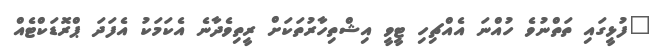
"ފުޅީގައި ތަތްނުވެ ހުއްނަ އެއްޗިހި ޓީވީ އިޝްތިހާރުތަކަށް ރީތިވެދާނެ އެކަމަކު އެފަދަ ޕްރޮޑަކްޓެއް